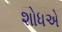
શોધએ